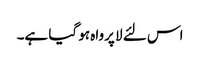
اس لئے لا پرواہ ہو گیا ہے۔